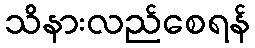
သိနားလည်စေရန်